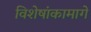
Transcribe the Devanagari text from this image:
विशेषांकामागे